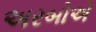
અરબોએ